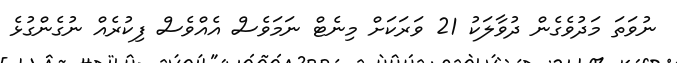
ނުވަތަ މަދުވެގެން ދުވާލަކު 21 ވަރަކަށް މިނެޓް ނަމަވެސް އެއްވެސް ފިކުރެއް ނުގެންގުޅެ